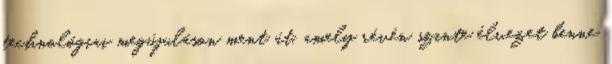
technológiai megújuláson ment át, amely révén szinte élvezet benne